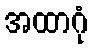
အထာဂုံ